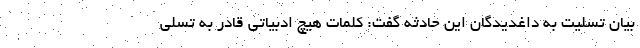
بیان تسلیت به داغدیدگان این حادثه گفت: کلمات هیچ ادبیاتی قادر به تسلی